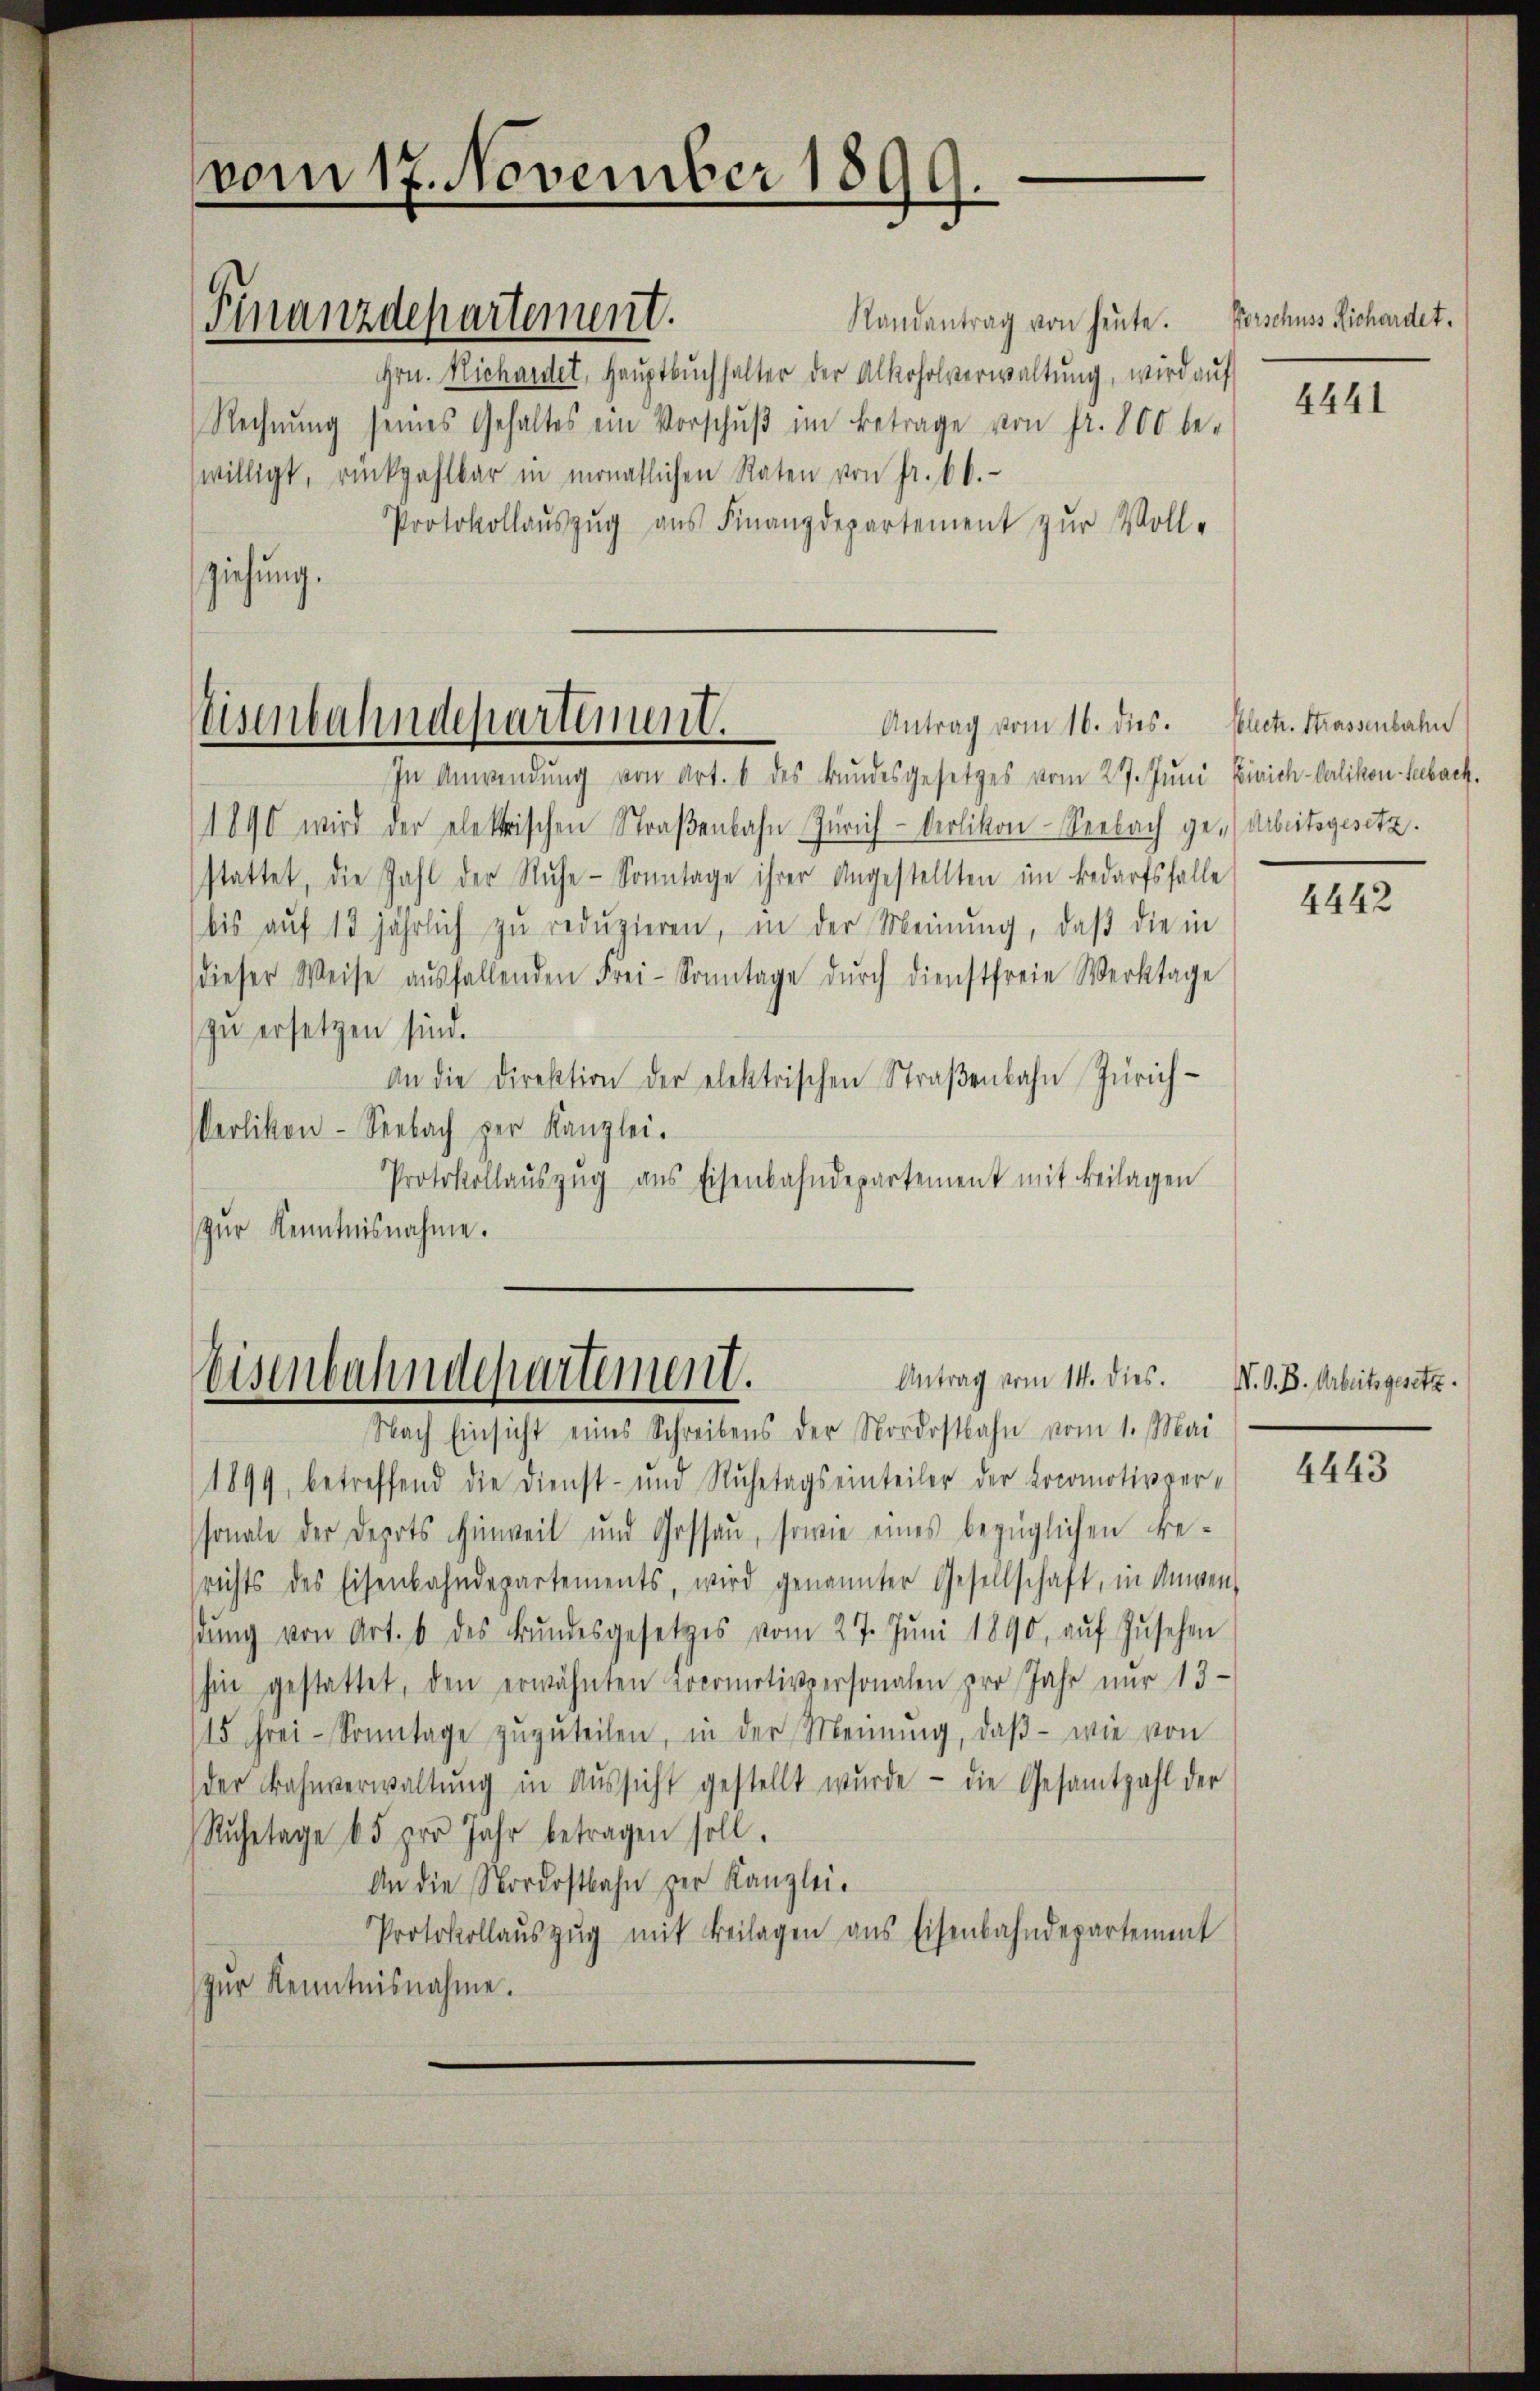
vom 17. November 1899.

Randantrag von heŭte.
Hrn. Richardet, Hauptbuchhalter der Alkoholverwaltŭng, wird auf
Rechnŭng seines Gehaltes ein Vorschŭβ im Betrage von Fr. 800 be-
willigt, rückzahlbar in monatlichen Raten von Fr. 60.
Protokollaŭszŭg ans Finanzdepartement zŭr Voll-
ziehung.

Finanzdepartement.

Antrag vom 16. dies. Electr. Strassenbahn
Weisenbahndepartement.

Antrag vom 14. dies.
Eisenbahndepartement.
Nach Einsicht eines Schreibens der Nordostbahn vom 1. Mai

In Anwendung von Art. 6 des Bundesgesetzes vom 27. Juni Einrich-Carlikon Sebach¬
1890 wird der elektrischen Straβenbahn Zürich-Oerlikon-Seebach ge-Arbeitsgesetz.
stattet, die Zahl der Rŭhe- Sonntage ihrer Angestellten im Bedarfsfalle
bis aŭf 13 jährlich zu redŭzieren, in der Meinung, daß die in
dieser Weise aŭsfallenden Frei- Sonntage dŭrch dienstfreie Werktage
zu ersetzen sind.
An die Direktion der elektrischen Straßenbahn Zürich¬
Verlikon-Seebach der Kanzlei.
Protokollaŭszŭg ans Eisenbahndepartement mit Beilagen
zŭr Kenntnisnahme.

1899, betreffend die Dienst- und Ruhetags einteiler der Locomotivversonale der Depots Hinweil und Gossau, sowie eines bezüglichen Berichts des Eisenbahndepartements, wird genannter Gesellschaft, in Anwen-
dŭng von Art. 6 des Bŭndesgesetzes vom 27. Jŭni 1890, aŭf Zŭsehen
hin gestattet, den erwähnten Locomotivpersonalen pro Jahr nŭr 13
15 Frei- Sonntage zŭzŭteilen, in der Meinŭng, daβ - wie von
der Bahnverwaltŭng in Aŭssicht gestellt wŭrde - die Gesamtzahl der
Ruhetage 5 pro Jahr betragen soll.
An die Nordostbahn zur Kanzlei.
Protokollaŭszŭg mit Beilagen ans Eisenbahndepartement
zŭr Kenntnisnahme.

Vorschuss Richardet.

4441

4442

V. O. B. Arbeitsgesetz.

4443